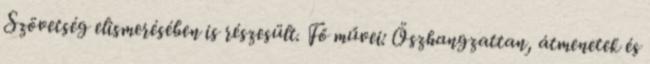
Szövetség elismerésében is részesült. Fő művei: Öszhangzattan, átmenetek és